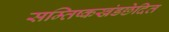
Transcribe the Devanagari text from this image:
सम्तिष्कखंडछेदित